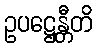
ဥပဋ္ဌေန္တီတိ